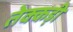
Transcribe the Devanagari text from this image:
तेक्कड़ी